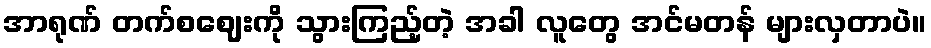
အာရုဏ် တက်စဈေးကို သွားကြည့်တဲ့ အခါ လူတွေ အင်မတန် များလှတာပဲ။